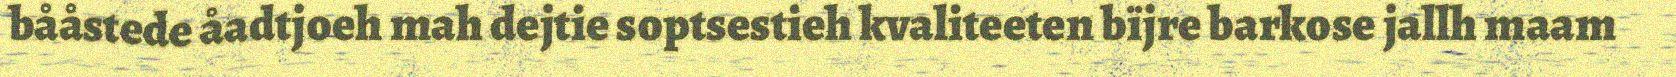
bååstede åadtjoeh mah dejtie soptsestieh kvaliteeten bïjre barkose jallh maam